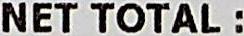
NET TOTAL :